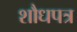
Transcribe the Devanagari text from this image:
शौधपत्र